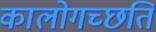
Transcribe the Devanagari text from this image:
कालोगच्छति